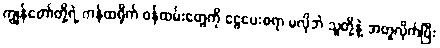
ကျွန်တော်တို့ရဲ့ ကန်ထရိုက် ဝန်ထမ်းတွေကို ငွေပေးစရာ မလိုဘဲ သူတို့နဲ့ အတူလိုက်ပြီး